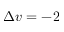
\Delta v = - 2